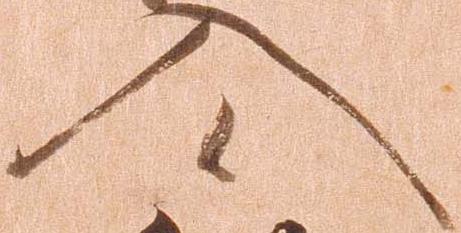
入